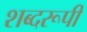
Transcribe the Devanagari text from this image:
शब्दरूपी